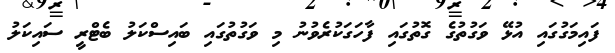
ފައިމަގުގައި އުޅޭ ވަގުތުގެ ގޮތުގައި ފާހަގަކުރެވުނު މި ވަގުތުގައި ބައިސްކަލު ބެޓްރީ ސައިކަލު